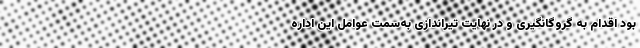
بود اقدام به گروگانگیری و در نهایت تیراندازی به‌سمت عوامل این اداره